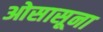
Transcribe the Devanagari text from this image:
ओसासूना